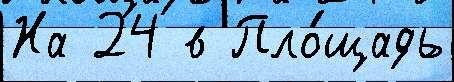
На 24 в Пло́щадь